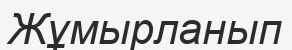
Жұмырланып